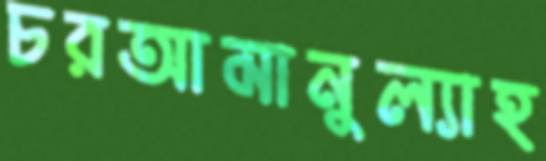
চরআমানুল্যাহ